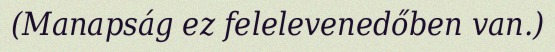
(Manapság ez felelevenedőben van.)